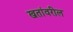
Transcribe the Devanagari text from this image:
खतांवरील